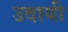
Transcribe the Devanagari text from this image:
उदायी